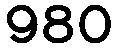
980